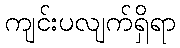
ကျင်းပလျက်ရှိရာ